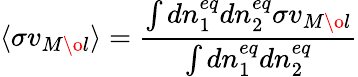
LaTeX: \langle\sigma v_{M\o l}\rangle={\frac{\int dn_{1}^{eq}dn_{2}^{eq}\sigma v_{M\o l}}{\int dn_{1}^{eq}dn_{2}^{eq}}}